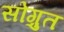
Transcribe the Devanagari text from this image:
सोग़ुत